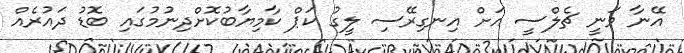
އޭނާ ވަނީ ޗެލްސީ އަށް އިނގިރޭސި ލީގު ކަޕް ކާމިޔާބުކޮށްދިނުމުގައި ބޮޑު ދައުރެއް